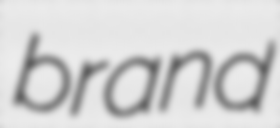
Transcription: brand